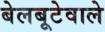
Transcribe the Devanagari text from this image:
बेलबूटेवाले